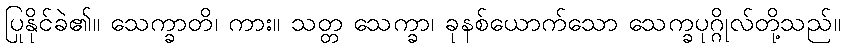
ပြုနိုင်ခဲ၏။ သေက္ခာတိ၊ ကား။ သတ္တ သေက္ခာ၊ ခုနစ်ယောက်သော သေက္ခပုဂ္ဂိုလ်တို့သည်။